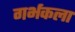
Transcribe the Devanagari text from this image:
गर्भकला